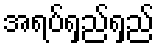
အရပ်ရှည်ရှည်